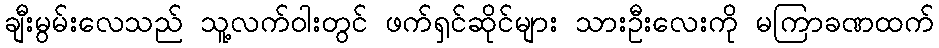
ချီးမွမ်းလေသည် သူ့လက်ဝါးတွင် ဖက်ရှင်ဆိုင်များ သားဦးလေးကို မကြာခဏထက်